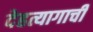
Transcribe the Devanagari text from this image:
देहत्यागाची